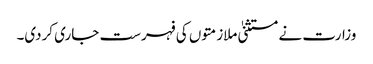
وزارت نے مستثنیٰ ملازمتوں کی فہرست جاری کردی۔